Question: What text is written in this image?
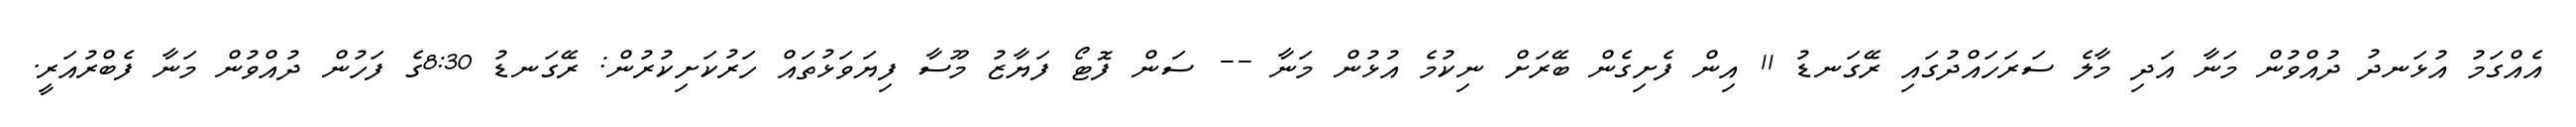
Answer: އެއްގަމު އުޅަނދު ދުއްވުން މަނާ އަދި މާލެ ސަރަހައްދުގައި ރޭގަނޑު 11 އިން ފެށިގެން ބޭރަށް ނިކުމެ އުޅުން މަނާ -- ސަން ފޮޓޯ ފަޔާޒު މޫސާ ފިޔަވަޅުތައް ހަރުކަށިކުރުން: ރޭގަނޑު 8:30ގެ ފަހުން ދުއްވުން މަނާ ފެބްރުއަރީ.